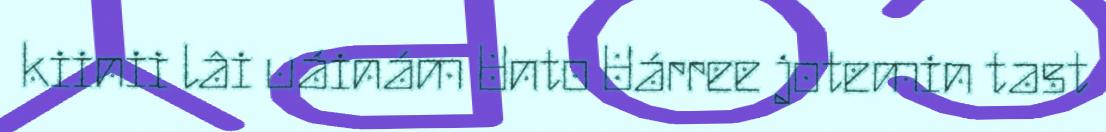
kiinii lâi uáinám Unto Uárree jotemin tast